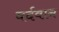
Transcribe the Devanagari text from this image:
वर्दवान